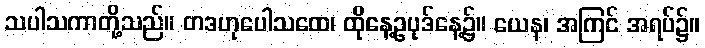
သပါသကာတို့သည်။ တဒဟုပေါသထေ၊ ထိုနေ့ဥပုဒ်နေ့၌။ ယေန၊ အကြင် အရပ်၌။